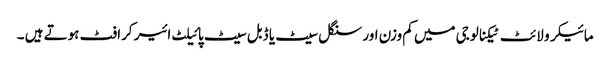
مائیکرو لائٹ ٹیکنالوجی میں کم وزن اور سنگل سیٹ یا ڈبل سیٹ پائیلٹ ائیر کرافٹ ہوتے ہیں ۔